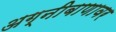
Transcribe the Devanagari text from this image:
अग्नीबाणावर